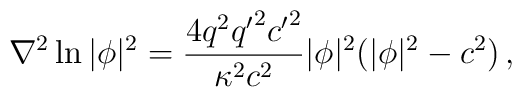
\nabla^2\ln|\phi|^2=\frac{4q^2{q'}^2{c'}^2}{\kappa^2c^2}|\phi|^2(|\phi|^2-c^2)\,,